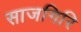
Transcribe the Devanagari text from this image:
साजगिरि